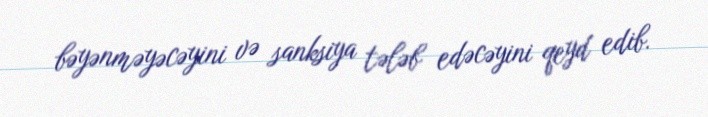
bəyənməyəcəyini və sanksiya tələb edəcəyini qeyd edib.